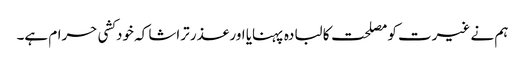
ہم نے غیرت کو مصلحت کا لبادہ پہنایا اور عذر تراشا کہ خودکشی حرام ہے۔